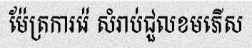
ម៉ែត្រការរ៉េ សំរាប់ជួលខមភើស